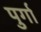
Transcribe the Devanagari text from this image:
पुर्गा